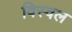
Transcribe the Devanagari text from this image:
विस्वल